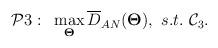
LaTeX: \begin{align*} \begin{aligned}\mathcal{P}3:~&\max_{\bold{\Theta}} \overline{D}_{AN}(\bold{\Theta}),~s.t.~\mathcal{C}_3. \end{aligned} \end{align*}